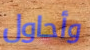
وأحاول